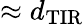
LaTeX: \approx d_{\mathrm{TIR}}